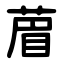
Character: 葿